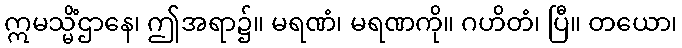
ဣမသ္မိံဌာနေ၊ ဤအရာ၌။ မရဏံ၊ မရဏကို။ ဂဟိတံ၊ ပြီ။ တယော၊